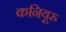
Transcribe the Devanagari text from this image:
कनियूरु